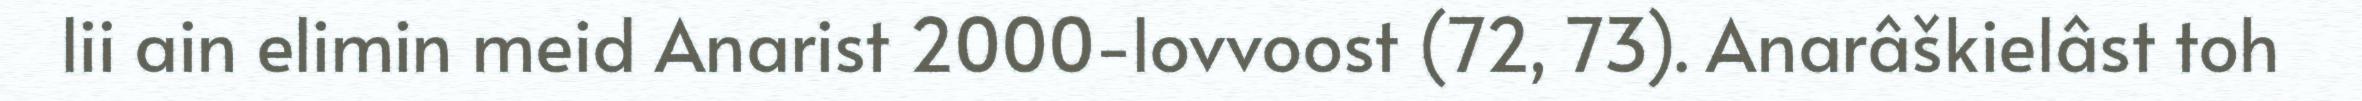
lii ain elimin meid Anarist 2000-lovvoost (72, 73). Anarâškielâst toh